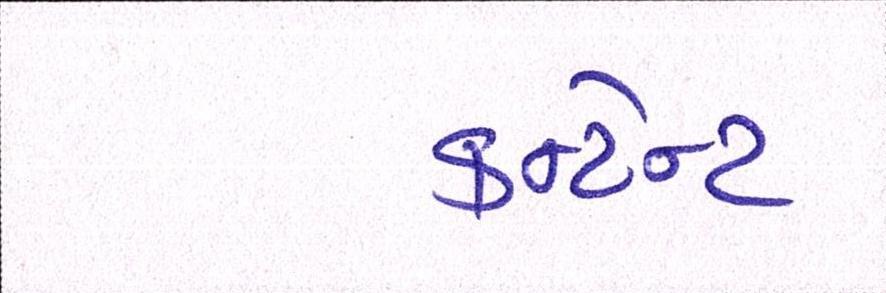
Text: કન્ટેન્ટ